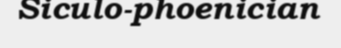
Siculo-phoenician